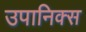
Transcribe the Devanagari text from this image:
उपानिक्स